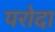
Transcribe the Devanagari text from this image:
परोदा